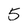
Character: 5